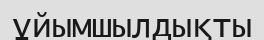
ұйымшылдықты